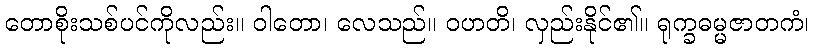
တောစိုးသစ်ပင်ကိုလည်း။ ဝါတော၊ လေသည်။ ဝဟတိ၊ လှည်းနိုင်၏။ ရုက္ခဓမ္မဇာတကံ၊